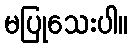
မပြုသေးပါ။